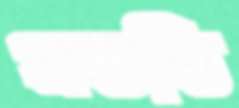
প্রস্ততি